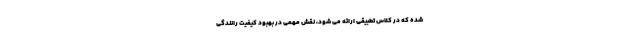
شده که در کلاس تطبیقی ارائه می شود، نقش مهمی در بهبود کیفیت رانندگی